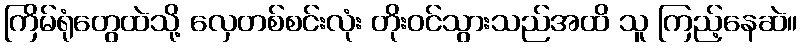
ကြိမ်ရုံတွေထဲသို့ လှေတစ်စင်းလုံး တိုးဝင်သွားသည်အထိ သူ ကြည့်နေဆဲ။